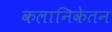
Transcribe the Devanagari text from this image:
कलानिकेतन